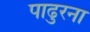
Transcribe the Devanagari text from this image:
पाढुरना